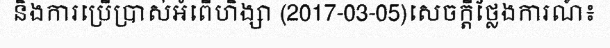
និងការប្រើប្រាស់អំពើហិង្សា (2017-03-05)សេចក្តីថ្លែងការណ៍៖